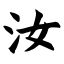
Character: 汝